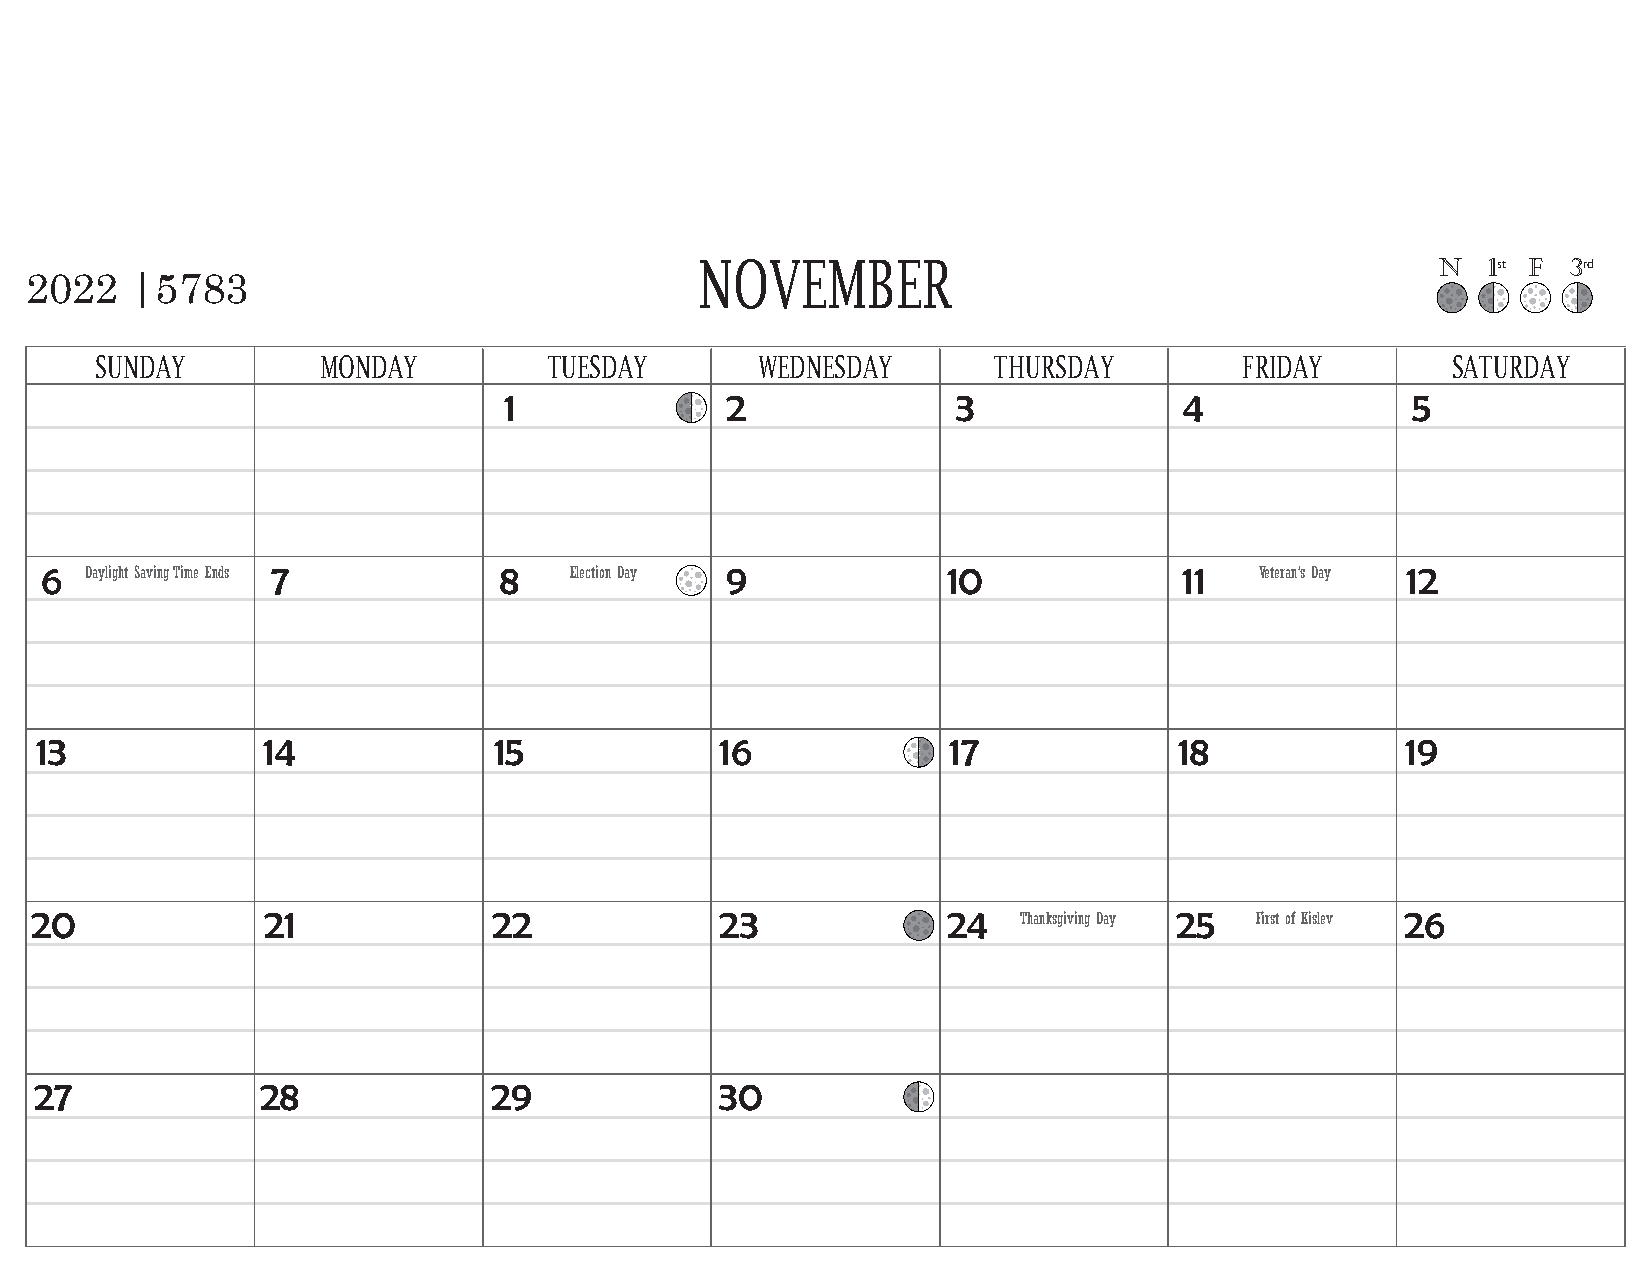
NOVEMBER                                         n  1st f 3rd
 2022   |5783
 SUNDAY         MONDAY         TUESDAY       WEDNESDAY       THURSDAY        FRIDAY        SATURDAY
 1              2              3              4              5
 6  Daylight Saving Time Ends 7 8   Election Day 9           10             11   Veteran’s Day 12
 13             14              15             16             17             18             19
 20             21              22             23             24             25             26
 Thanksgiving Day First of Kislev
 27             28             29              30